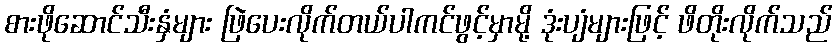
စားဖိုဆောင်သီးနှံများ ဖြဲပေးလိုက်တယ်ပါကင်ဖွင့်မှာမို့ ဒုံးပျံများဖြင့် ဖိတိုးလိုက်သည်